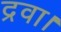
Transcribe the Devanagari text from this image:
द्रवा।